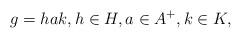
LaTeX: \begin{align*} g = hak, h \in H, a \in A^+, k \in K,\end{align*}